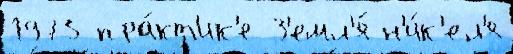
1975 пра́кт'ик'е З'емл'я́ н'и́к'ел'я